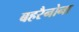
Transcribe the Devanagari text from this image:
बहरैनोना